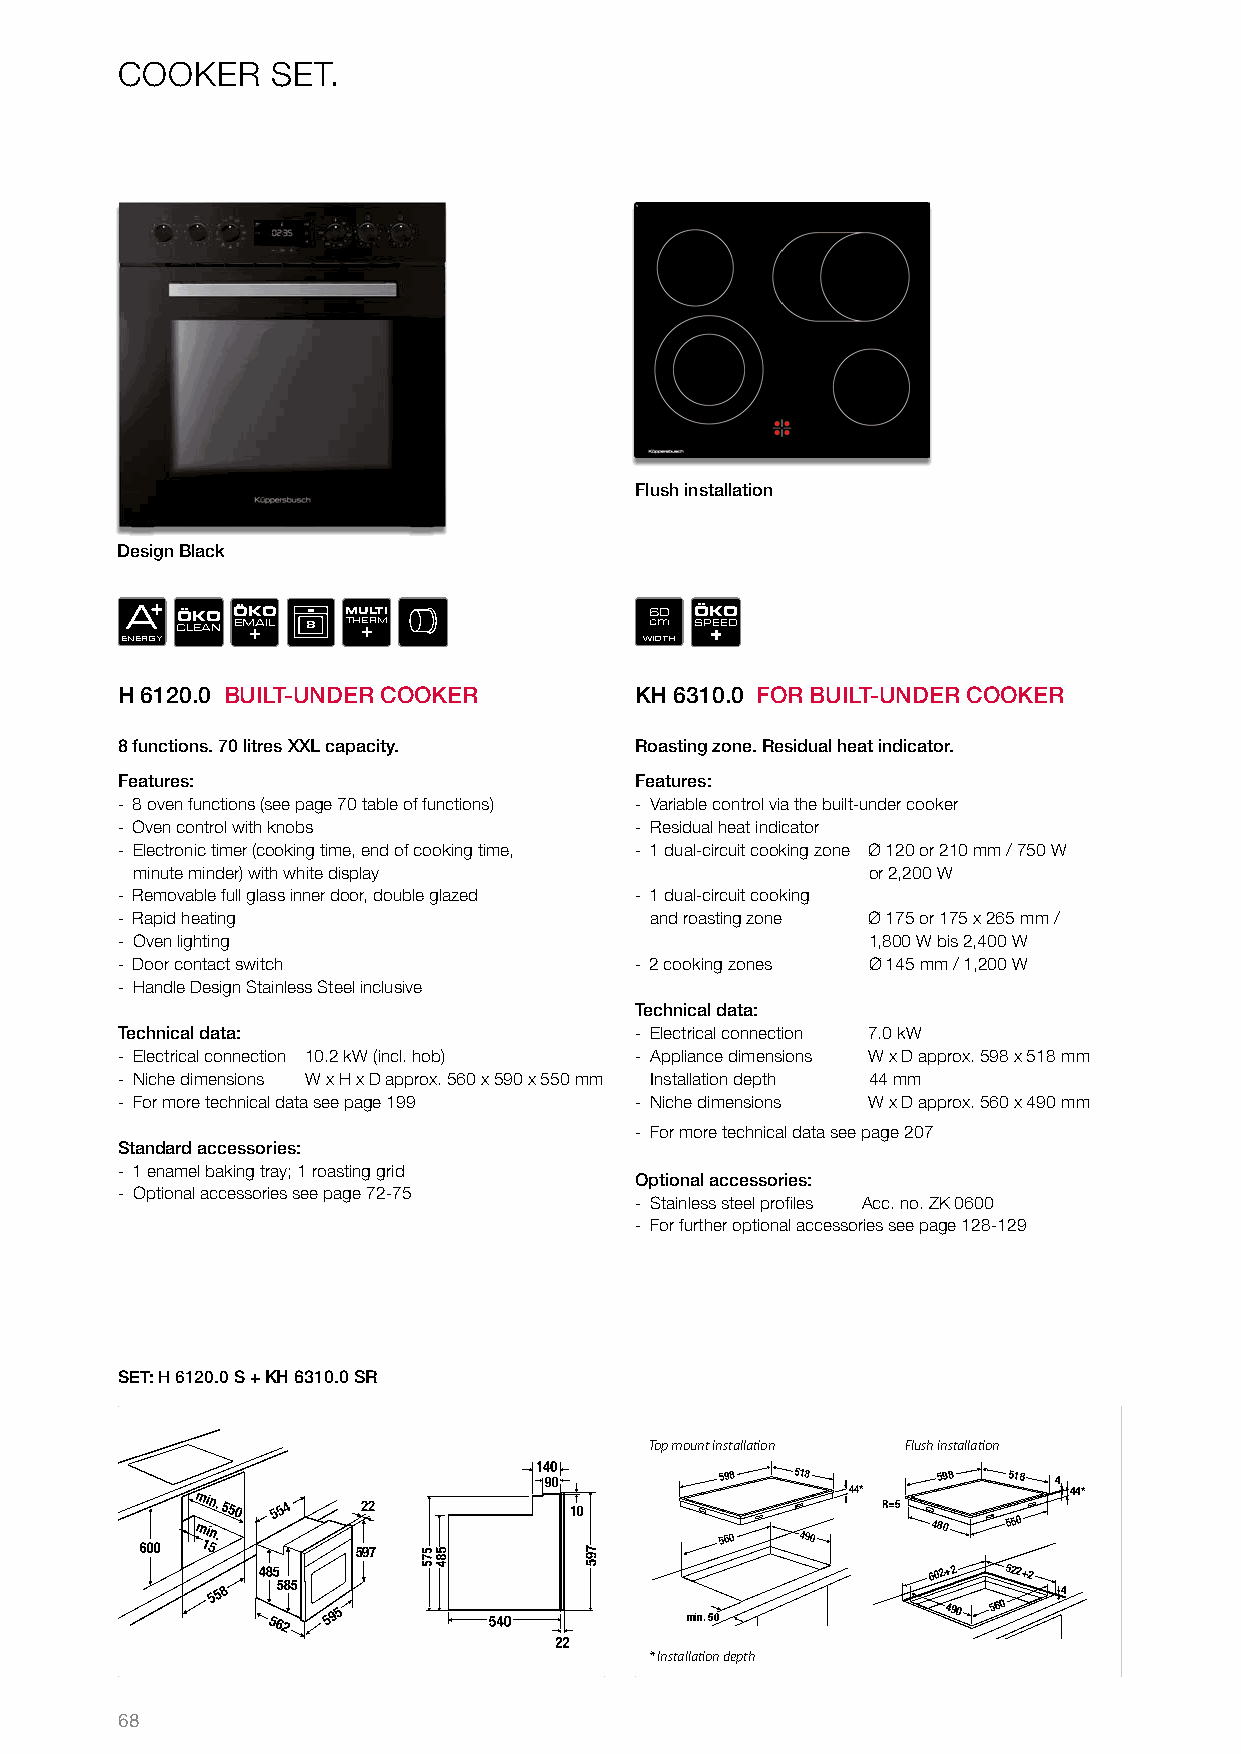
COOKER    SET.
 Flush installation
 Design Black
 EA
 NERGY
 CÖ LK EAO
 N
 Ö EMK +AO
 IL 8
 M THU +ERLT MI      Wc6 IDm0
 TH
 Ö SPK +EEO
 D
 H 6120.0 BUILT-UNDER COOKER       KH 6310.0 FOR BUILT-UNDER COOKER
 8 functions. 70 litres XXL capacity. Roasting zone. Residual heat indicator.
 Features:                         Features:
 - 8 oven functions (see page 70 table of functions) - Variable control via the built-under cooker
 - Oven control with knobs         - Residual heat indicator
 - Electronic timer (cooking time, end of cooking time, - 1 dual-circuit cooking zone Ø 120 or 210 mm / 750 W
 minute minder) with white display               or 2,200 W
 - Removable full glass inner door, double glazed - 1 dual-circuit cooking
 - Rapid heating                    and roasting zone Ø 175 or 175 x 265 mm /
 - Oven lighting                                  1,800 W bis 2,400 W
 - Door contact switch             - 2 cooking zones Ø 145 mm / 1,200 W
 - Handle Design Stainless Steel inclusive
 Technical data:
 Technical data:                   - Electrical connection 7.0 kW
 - Electrical connection 10.2 kW (incl. hob) - Appliance dimensions W x D approx. 598 x 518 mm
 - Niche dimensions W x H x D approx. 560 x 590 x 550 mm Installation depth 44 mm
 - For more technical data see page 199 - Niche dimensions W x D approx. 560 x 490 mm
 - For more technical data see page 207
 Standard accessories:
 - 1 enamel baking tray; 1 roasting grid
 Optional accessories:
 - Optional accessories see page 72-75
 - Stainless steel profi les Acc. no. ZK 0600
 - For further optional accessories see page 128-129
 SET: H 6120.0 S + KH 6310.0 SR
 Top mount installation Flush installation
 598 518       598  518 4
 44*            44*
 R=5
 480  550
 560  490
 597
 602+2 522+2
 4
 min. 50
 490 560
 * Installation depth
 68
 795